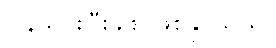
ပြန်သွင်းပြီးခါစ ဖြစ်နိုင်သည်။